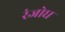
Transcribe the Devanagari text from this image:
रंजोध